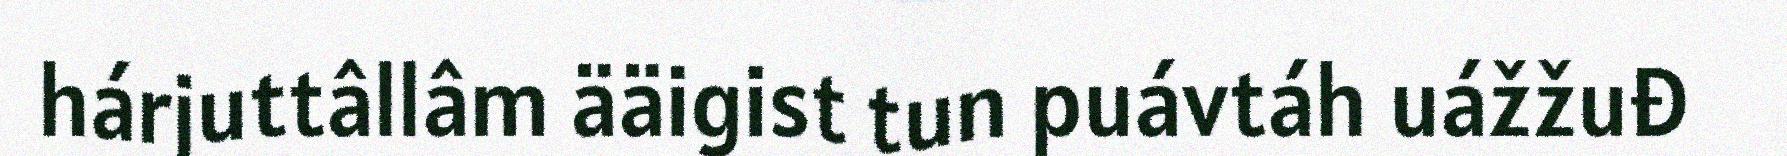
hárjuttâllâm ääigist tun puávtáh uážžuđ